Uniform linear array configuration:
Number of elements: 24
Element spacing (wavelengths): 0.75
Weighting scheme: blackman
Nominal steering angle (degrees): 60
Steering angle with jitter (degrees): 61.398
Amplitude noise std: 0.05
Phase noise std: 0.05

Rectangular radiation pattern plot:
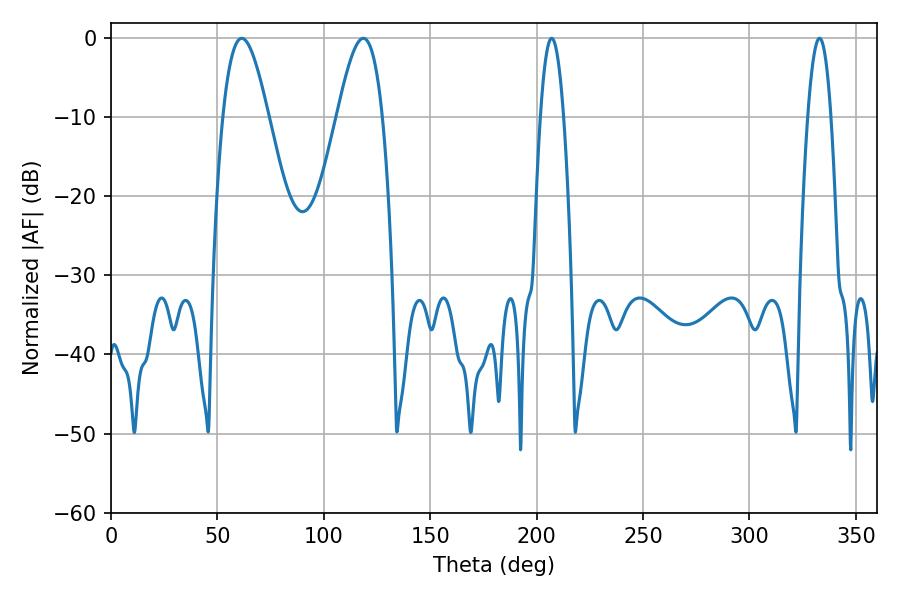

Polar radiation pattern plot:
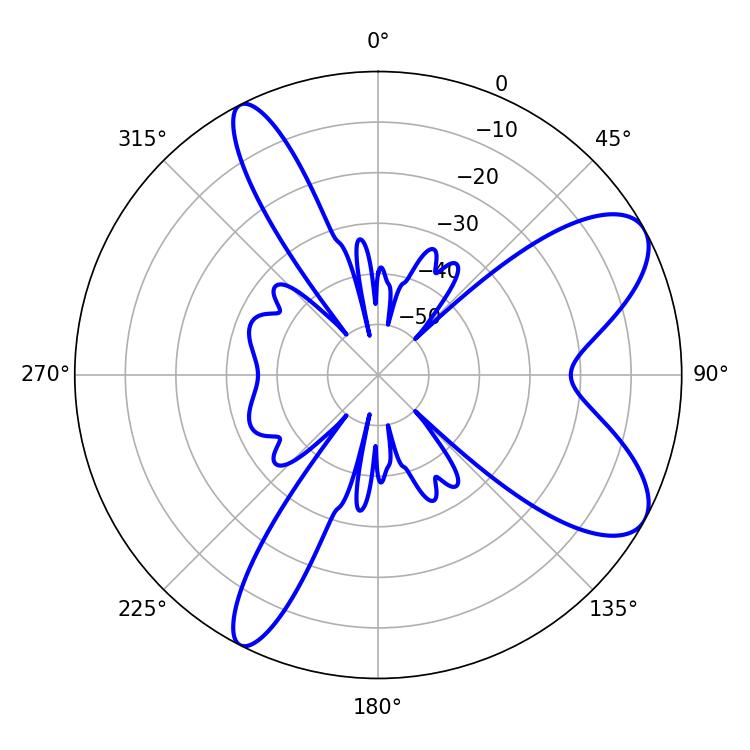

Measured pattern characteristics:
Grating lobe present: TRUE
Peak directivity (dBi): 8.405
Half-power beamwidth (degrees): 11.52
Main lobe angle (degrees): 61.38